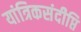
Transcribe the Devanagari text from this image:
यांत्रिकसंदीप्ति